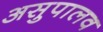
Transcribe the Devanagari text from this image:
असुपालव